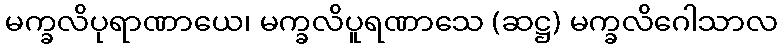
မက္ခလိပုရာဏာယေ၊ မက္ခလိပူရဏာသေ (ဆဋ္ဌ) မက္ခလိဂေါသာလ